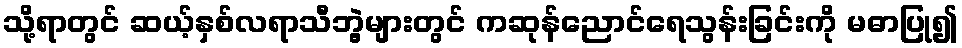
သို့ရာတွင် ဆယ့်နှစ်လရာသီဘွဲ့များတွင် ကဆုန်ညောင်ရေသွန်းခြင်းကို မဓာပြု၍